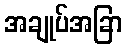
အချုပ်အခြာ